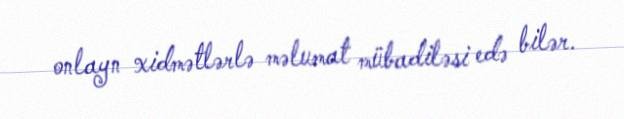
onlayn xidmətlərlə məlumat mübadiləsi edə bilər.